Report on plague in the Punjab from October 1st ... to September 30th ..., being the ... season of plague in the province
Disease focus: Plague
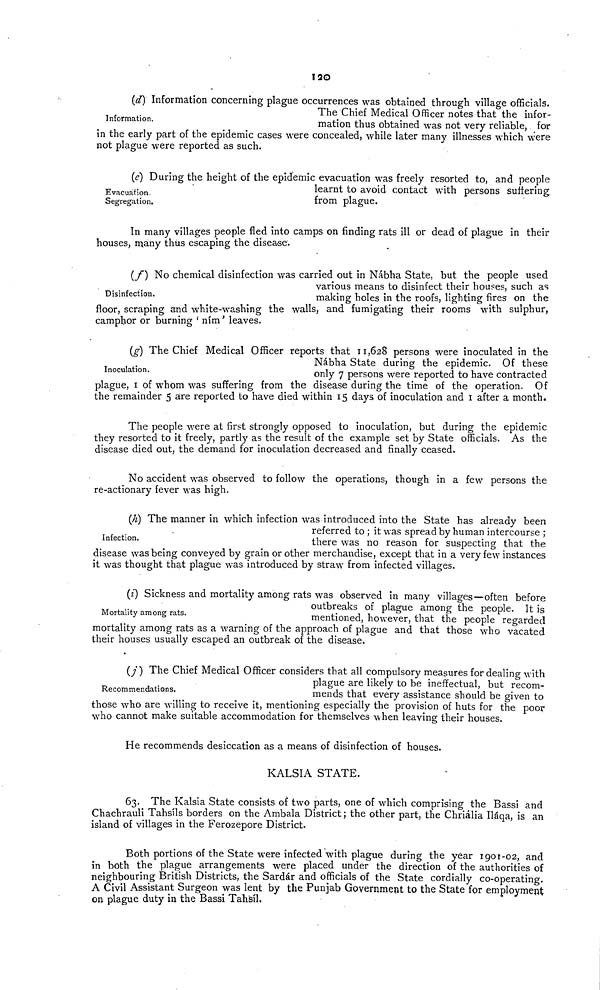
120
Information.
(d) Information concerning plague occurrences was obtained through village officials.
The Chief Medical Officer notes that the infor-
mation thus obtained was not very reliable, for
in the early part of the epidemic cases were concealed, while later many illnesses which were
not plague were reported as such.
Evacuation.
Segregation.
During the height of the epidemic evacuation was freely resorted to, and people
learnt to avoid contact with persons suffering
from plague.
In many villages people fled into camps on finding rats ill or dead of plague in their
houses, many thus escaping the disease.
Disinfection.
(f) No chemical disinfection was carried out in Nábha State, but the people used
various means to disinfect their houses, such as
making holes in the roofs, lighting fires on the
floor, scraping and white-washing the walls, and fumigating their rooms with sulphur,
camphor or burning ' nim ' leaves.
Inoculation.
(g) The Chief Medical Officer reports that 11,628 persons were inoculated in the
Nábha State during the epidemic. Of these
only 7 persons were reported to have contracted
plague, 1 of whom was suffering from the disease during the time of the operation. Of
the remainder 5 are reported to have died within 15 days of inoculation and 1 after a month.
Infection.
The people were at first strongly opposed to inoculation, but during the epidemic
they resorted to it freely, partly as the result of the example set by State officials. As the
disease died out, the demand for inoculation decreased and finally ceased.
No accident was observed to follow the operations, though in a few persons the
re-actionary fever was high.
(h) The manner in which infection was introduced into the State has already been
referred to ; it was spread by human intercourse ;
there was no reason for suspecting that the
disease was being conveyed by grain or other merchandise, except that in a very few instances
it was thought that plague was introduced by straw from infected villages.
Mortality among rats.
(i) Sickness and mortality among rats was observed in many villages—often before
outbreaks of plague among the people. It is
mentioned, however, that the people regarded
mortality among rats as a warning of the approach of plague and that those who vacated
their houses usually escaped an outbreak of the disease.
Recommendations.
(j) The Chief Medical Officer considers that all compulsory measures for dealing with
plague are likely to be ineffectual, but recom-
mends that every assistance should be given to
those who are willing to receive it, mentioning especially the provision of huts for the poor
who cannot make suitable accommodation for themselves when leaving their houses.
He recommends desiccation as a means of disinfection of houses.
KALSIA STATE.
63. The Kalsia State consists of two parts, one of which comprising the Bassi and
Chachrauli Tahsils borders on the Ambala District ; the other part, the Chriália Iláqa, is an
island of villages in the Ferozepore District.
Both portions of the State were infected with plague during the year 1901-02, and
in both the plague arrangements were placed under the direction of the authorities of
neighbouring British Districts, the Sardár and officials of the State cordially co-operating.
A Civil Assistant Surgeon was lent by the Punjab Government to the State for employment
on plague duty in the Bassi Tahsil.